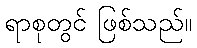
ရာစုတွင် ဖြစ်သည်။